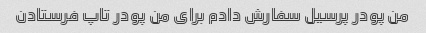
من پودر پرسیل سفارش دادم برای من پودر تاپ فرستادن